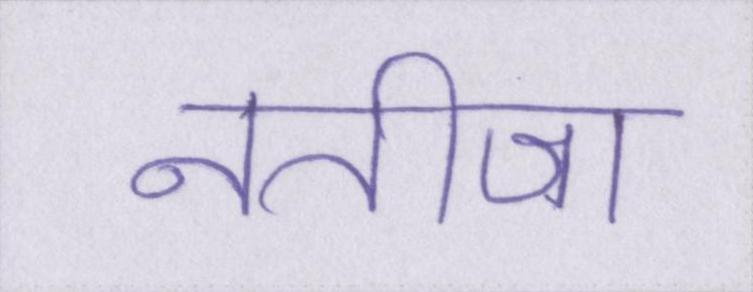
नतीजा